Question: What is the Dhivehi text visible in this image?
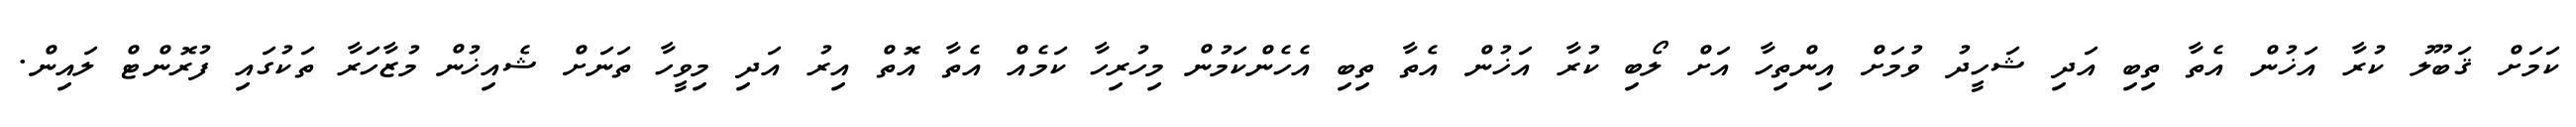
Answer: ކަމަށް ޤަބޫލު ކުރާ އަޚުން އެތާ ތިބި އަދި ޝަހީދު ވުމަށް އިންތިހާ އަށް ލޯބި ކުރާ އަޚުން އެތާ ތިބި އެހެންކަމުން މިހުރިހާ ކަމެއް އެތާ އޮތް އިރު އަދި މިވީހާ ތަނަށް ޝެއިޚުން މުޒާހަރާ ތަކުގައި ފުރޮންޓް ލައިން.